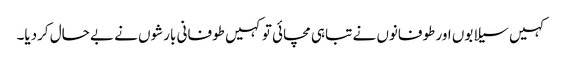
کہیں سیلابوں اور طوفانوں نے تباہی مچائی تو کہیں طوفانی بارشوں نے بے حال کردیا۔